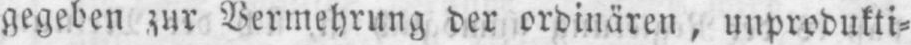
gegeben zur Vermehrung der ordinären, unprodukti⸗